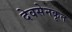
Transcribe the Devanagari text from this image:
देवसेनकृत